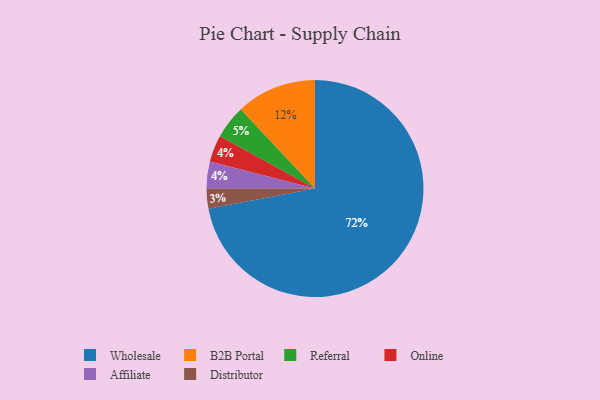
{"axis": {"x": "Category", "y": "Percentage"}, "legend": ["Affiliate", "B2B Portal", "Distributor", "Online", "Referral", "Wholesale"], "data": [{"x": "B2B Portal", "y": 12, "type": "B2B Portal"}, {"x": "Wholesale", "y": 72, "type": "Wholesale"}, {"x": "Online", "y": 4, "type": "Online"}, {"x": "Referral", "y": 5, "type": "Referral"}, {"x": "Affiliate", "y": 4, "type": "Affiliate"}, {"x": "Distributor", "y": 3, "type": "Distributor"}]}